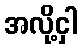
အလို့ငှါ